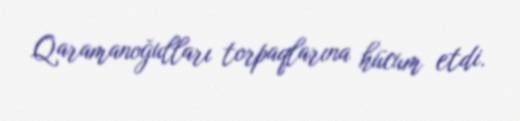
Qaramanoğulları torpaqlarına hücum etdi.